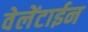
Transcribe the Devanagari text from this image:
वेलेंटाईन